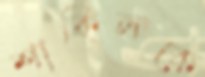
শাকিলকে